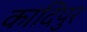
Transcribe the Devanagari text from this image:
कादिपुर